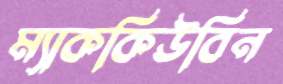
ম্যাককিউবিন